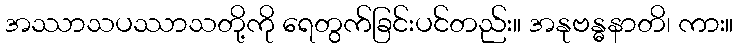
အဿာသပဿာသတို့ကို ရေတွက်ခြင်းပင်တည်း။ အနုဗန္ဓနာတိ၊ ကား။